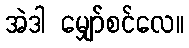
အဲဒါ မျှော်စင်လေ။